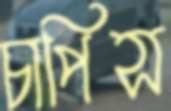
চাপিস